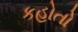
કહોતો